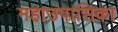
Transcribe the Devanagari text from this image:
महाउपासिका